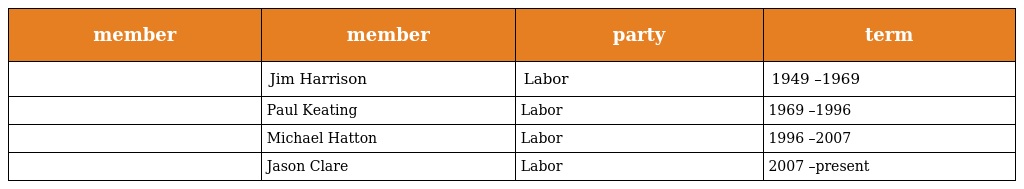
| member | member | party | term |
 | --- | --- | --- | --- |
 |  | Jim Harrison | Labor | 1949 –1969 |
 |  | Paul Keating | Labor | 1969 –1996 |
 |  | Michael Hatton | Labor | 1996 –2007 |
 |  | Jason Clare | Labor | 2007 –present |